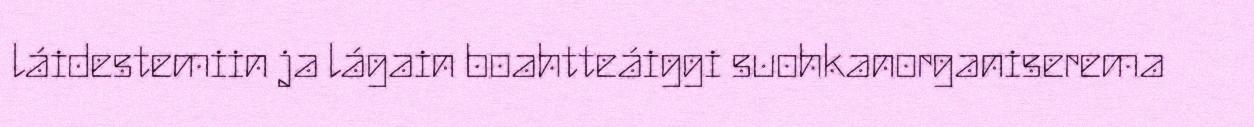
láidestemiin ja lágain boahtteáiggi suohkanorganiserema